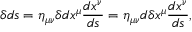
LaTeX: \delta d s = \eta _ { \mu \nu } \delta d x ^ { \mu } { \frac { d x ^ { \nu } } { d s } } = \eta _ { \mu \nu } d \delta x ^ { \mu } { \frac { d x ^ { \nu } } { d s } } ,